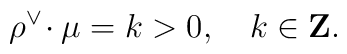
\rho^\vee\!\cdot\mu=k>0,\quad k\in{\bf Z}.